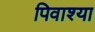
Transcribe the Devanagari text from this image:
पिवाश्या